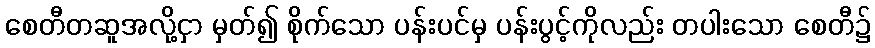
စေတီတဆူအလို့ငှာ မှတ်၍ စိုက်သော ပန်းပင်မှ ပန်းပွင့်ကိုလည်း တပါးသော စေတီ၌